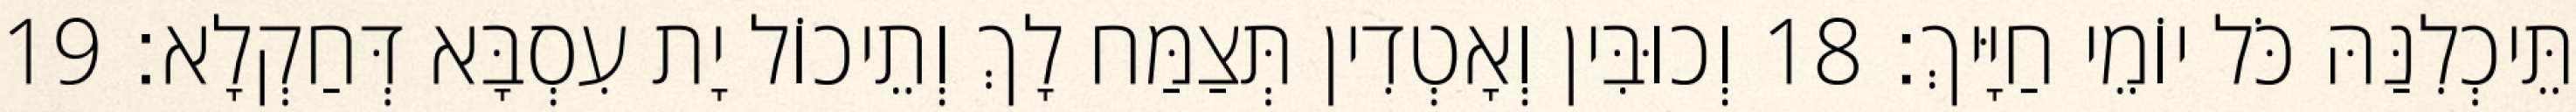
תֵּיכְלִנַּהּ כֹּל יוֹמֵי חַיָּיךְ׃ 18 וְכוּבִּין וְאָטְדִין תְּצַמַּח לָךְ וְתֵיכוֹל יָת עִסְבָּא דְּחַקְלָא׃ 19